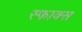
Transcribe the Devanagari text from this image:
स्फाक्स